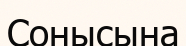
Сонысына